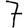
Digit: 7